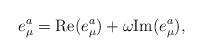
LaTeX: \begin{align*}e^a_\mu={\rm Re}(e^a_\mu)+\omega{\rm Im}(e^a_\mu),\end{align*}